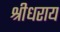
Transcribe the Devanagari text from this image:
श्रीधराय